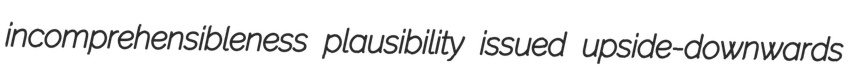
incomprehensibleness plausibility issued upside-downwards